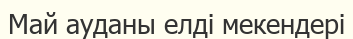
Май ауданы елді мекендері